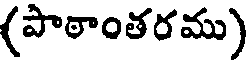
(పాఠాంతరము)